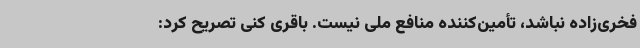
فخری‌زاده نباشد، تأمین‌کننده منافع ملی نیست. باقری کنی تصریح کرد: